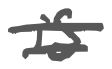
Text: is
Cross-out: double-line
Writing tool: digital_gray